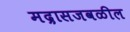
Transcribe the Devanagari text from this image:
मद्रासजवळील